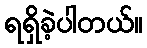
ရရှိခဲ့ပါတယ်။